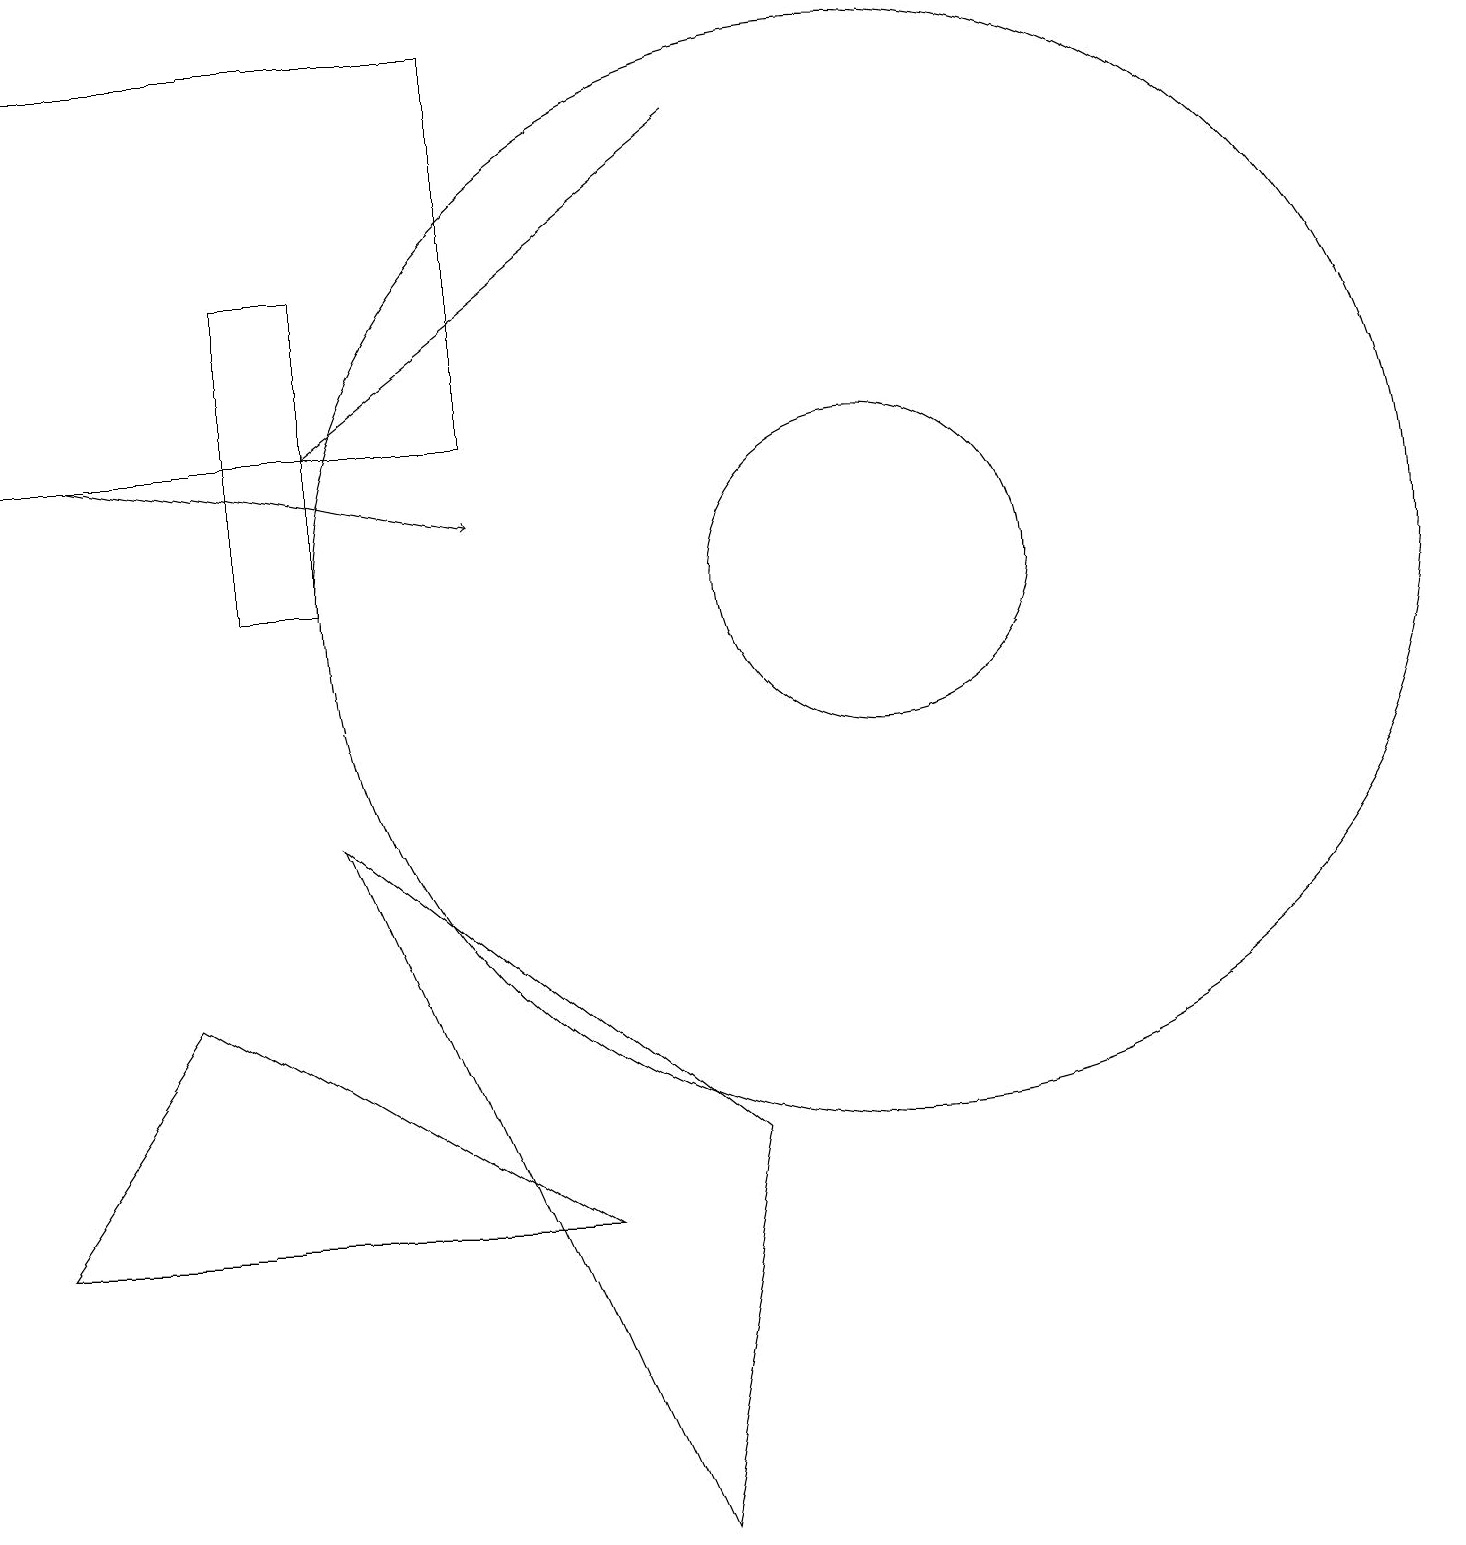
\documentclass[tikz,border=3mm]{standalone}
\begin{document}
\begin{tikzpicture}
\draw (11,12) circle (2);
\draw[->] (9,18) -- (4,14);
\draw[->] (1,14) -- (6,13);
\draw (7,4) -- (2,7) -- (0,4) -- cycle;
\draw (0,14) rectangle (6,19);
\draw (11,12) circle (7);
\draw (4,9) -- (8,0) -- (9,5) -- cycle;
\draw (4,12) rectangle (3,16);
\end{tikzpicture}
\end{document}